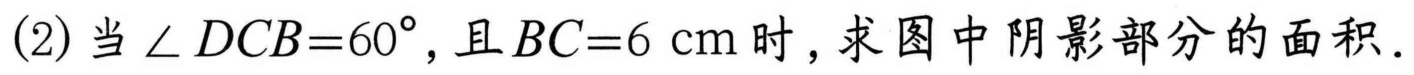
(2)当\(\angle DCB = 60^{\circ}\),且\(BC = 6\mathrm{cm}\)时,求图中阴影部分的面积.